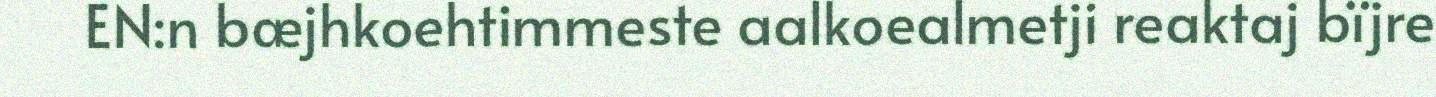
EN:n bæjhkoehtimmeste aalkoealmetji reaktaj bïjre